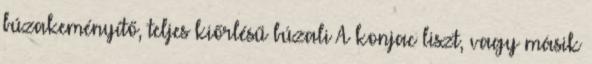
búzakeményítő, teljes kiőrlésű búzali A konjac liszt, vagy másik